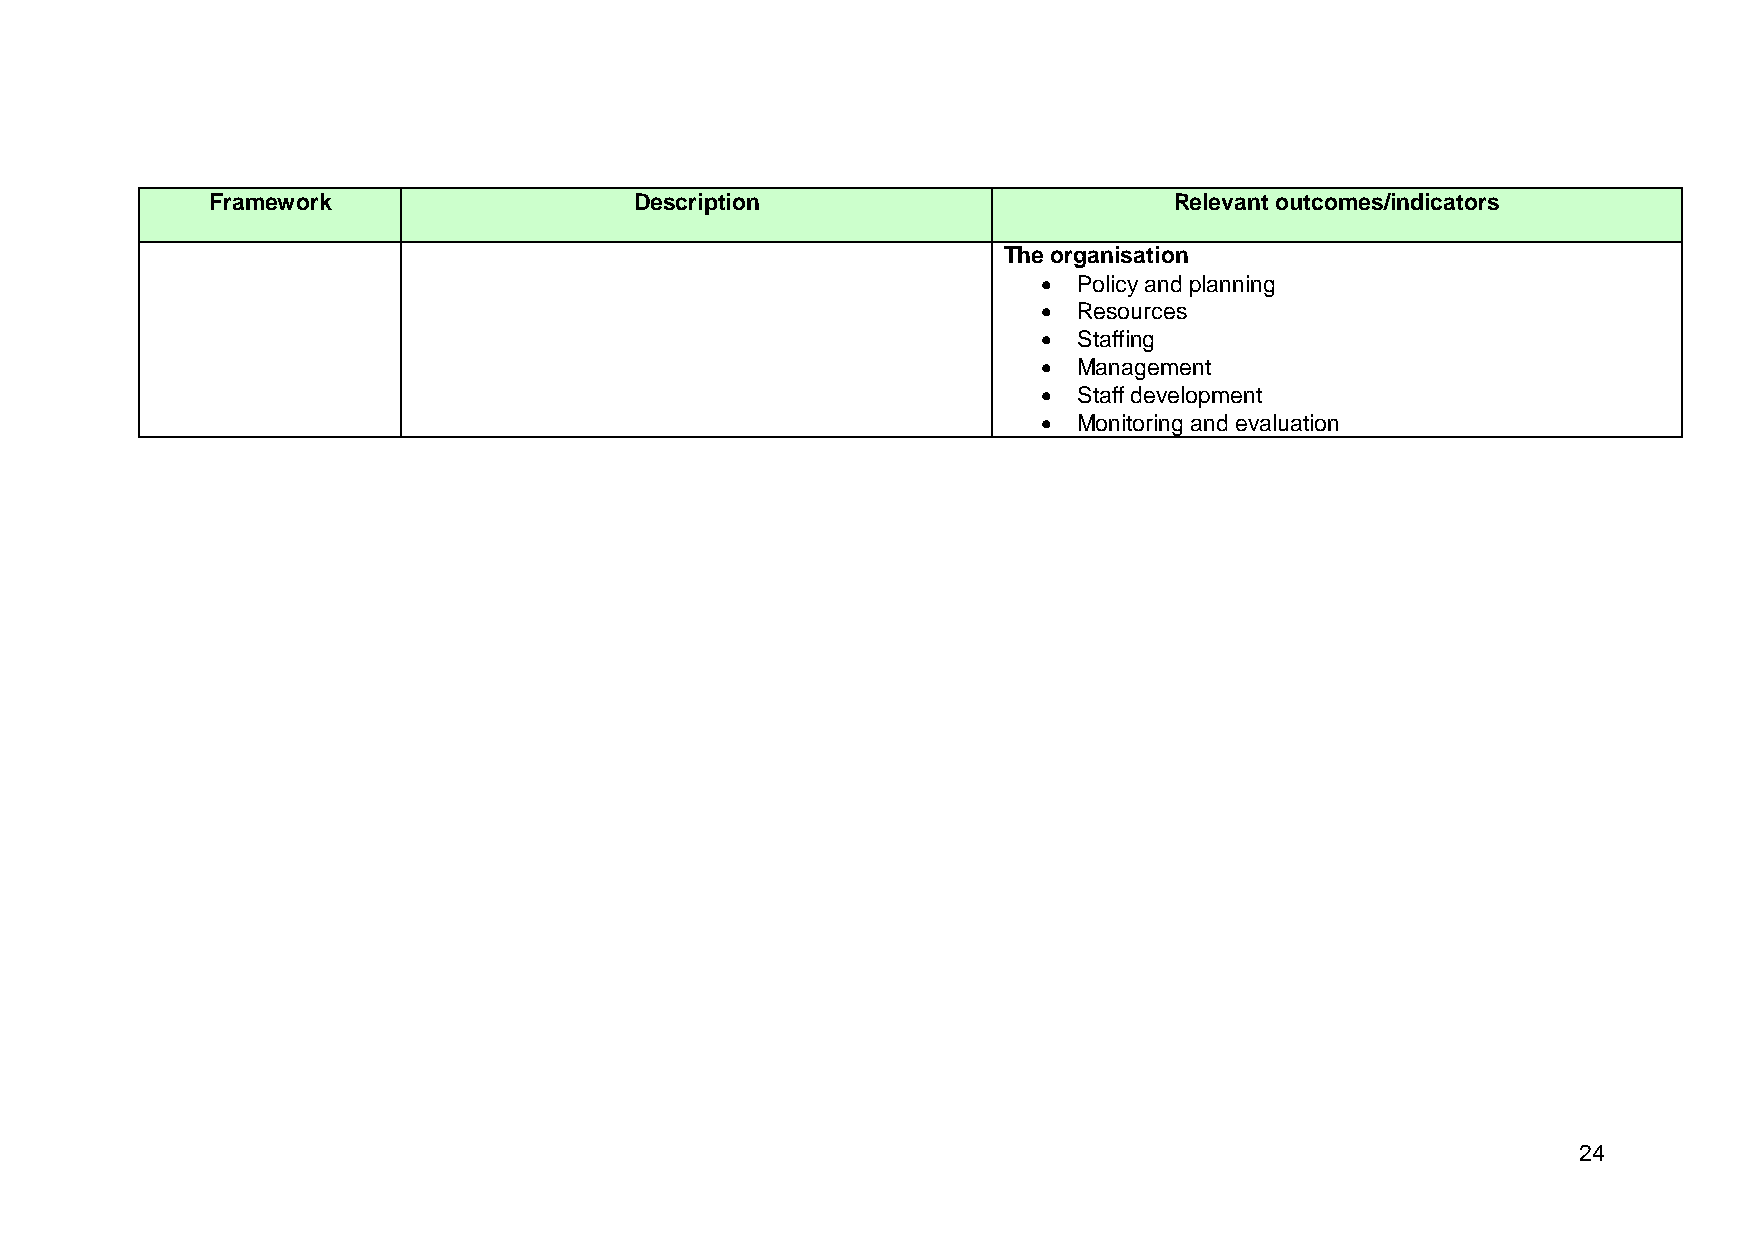
Framework                   Description                         Relevant outcomes/indicators
 The organisation
  Policy and planning
  Resources
  Staffing
  Management
  Staff development
  Monitoring and evaluation
 24